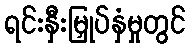
ရင်းနှီးမြှုပ်နှံမှုတွင်